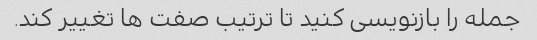
جمله را بازنویسی کنید تا ترتیب صفت ها تغییر کند.